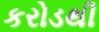
કરોડથી